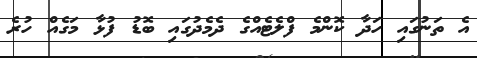
އެ ތަނުގައި ހަދާ ކޮންމެ ފްލެޓެއްގެ ދެމެދުގައި ބޮޑު ފުޅާ މަގެއް ހުރެ